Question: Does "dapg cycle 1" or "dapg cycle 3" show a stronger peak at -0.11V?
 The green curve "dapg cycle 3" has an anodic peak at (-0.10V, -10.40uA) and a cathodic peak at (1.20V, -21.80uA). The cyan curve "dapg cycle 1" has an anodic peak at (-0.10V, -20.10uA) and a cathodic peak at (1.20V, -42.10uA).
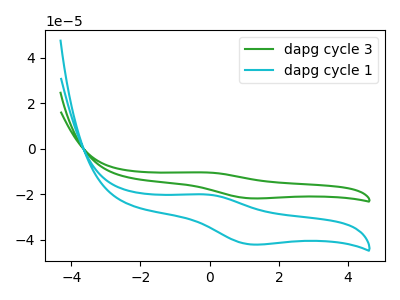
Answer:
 <answer>The peak at -0.11V is lower in "dapg cycle 1" than in "dapg cycle 3".</answer>
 <eval>lower</eval>